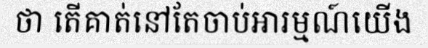
ថា តើគាត់នៅតែចាប់អារម្មណ៍យើង